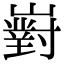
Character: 𡽵